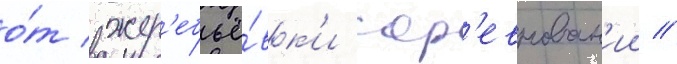
о́т жер'ебьё́вк'и сор'евнован'ии //